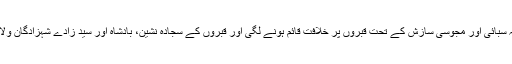
مگر پھر ہوا یہ کہ سبائی اور مجوسی سازش کے تحت قبروں پر خلافت قائم ہونے لگی اور قبروں کے سجادہ نشین، بادشاہ اور سید زادے شہزادگان ولایت کہلانے لگے۔